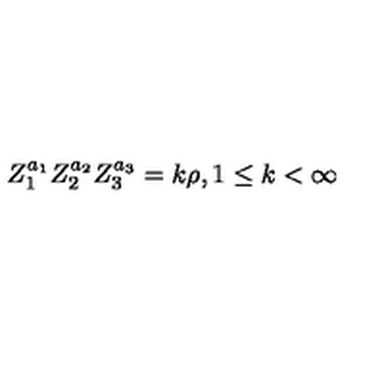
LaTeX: Z _ { 1 } ^ { a _ { 1 } } Z _ { 2 } ^ { a _ { 2 } } Z _ { 3 } ^ { a _ { 3 } } = k \rho , 1 \leq k < \infty